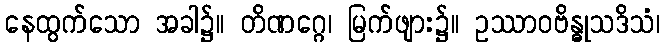
နေထွက်သော အခါ၌။ တိဏဂ္ဂေ၊ မြက်ဖျား၌။ ဥဿာဝဗိန္ဓုသဒိသံ၊